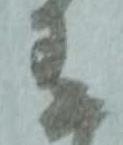
有